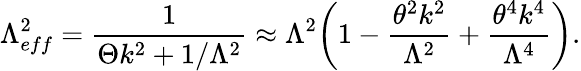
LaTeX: \Lambda_{eff}^{2}=\frac{1}{\Theta k^{2}+1/\Lambda^{2}}\approx\Lambda^{2}\biggl(1-\frac{\theta^{2}k^{2}}{\Lambda^{2}}+\frac{\theta^{4}k^{4}}{\Lambda^{4}}\biggr).